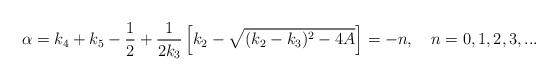
LaTeX: \begin{align*}\alpha=k_4+k_5-\frac{1}{2}+\frac{1}{2k_3}\left[k_2-\sqrt{(k_2-k_3)^2-4A}\right]=-n,\ \ \ n=0, 1, 2, 3,...\end{align*}